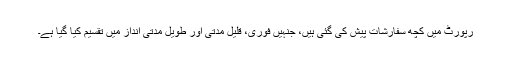
رپورٹ میں کچھ سفارشات پیش کی گئی ہیں، جنہیں فوری، قلیل مدتی اور طویل مدتی انداز میں تقسیم کیا گیا ہے۔